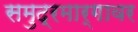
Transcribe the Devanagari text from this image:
समुद्रमार्गावर